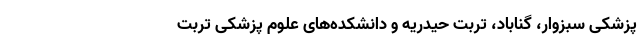
پزشکی سبزوار، گناباد، تربت‌ حیدریه و دانشکده‌های علوم پزشکی تربت‌